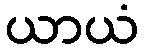
ယာယံ